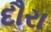
દૌરા